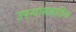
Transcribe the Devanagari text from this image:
उपन्याससाहित्य